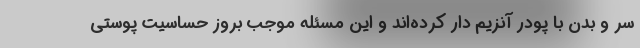
سر و بدن با پودر آنزیم دار کرده‌اند و این مسئله موجب بروز حساسیت پوستی